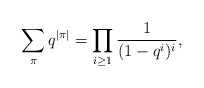
\begin{align*} \sum_\pi q^{\vert\pi\vert}=\prod _{i\ge1} ^{}\frac {1} {(1-q^i)^i} ,\end{align*}